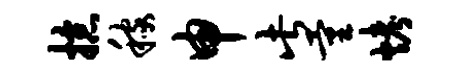
掠稼申此量烤